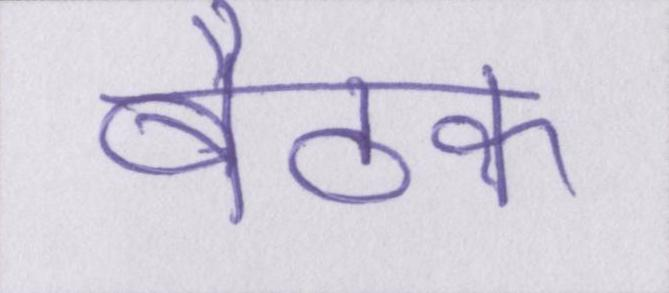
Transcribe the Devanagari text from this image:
बैठक